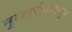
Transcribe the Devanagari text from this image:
मुत्सद्दीपणातून